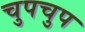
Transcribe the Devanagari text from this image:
चुपचुप